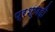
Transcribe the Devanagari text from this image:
प्रश्णही